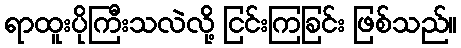
ရာထူးပိုကြီးသလဲလို့ ငြင်းကြခြင်း ဖြစ်သည်။